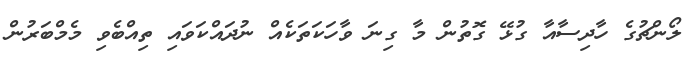
ލޯންޗުގެ ހާދިސާއާ ގުޅޭ ގޮތުން މާ ގިނަ ވާހަކަތަކެއް ނުދައްކަވައި ތިއްބެވި މެމްބަރުން